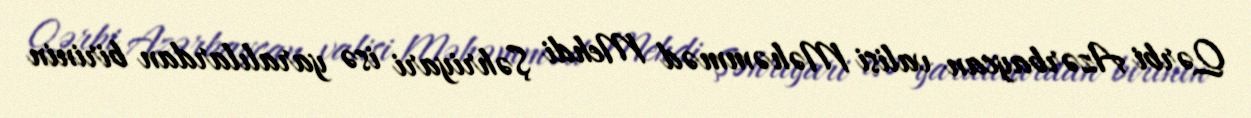
Qərbi Azərbaycan valisi Məhəmməd Mehdi Şəhriyari isə yaralılardan birinin